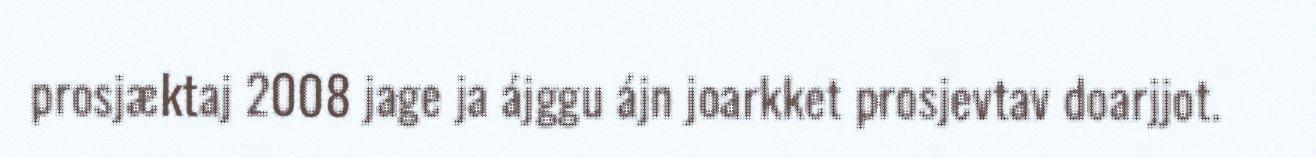
prosjæktaj 2008 jage ja ájggu ájn joarkket prosjevtav doarjjot.